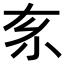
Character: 𡭡